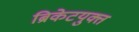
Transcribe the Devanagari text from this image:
ब्रिकेटयुक्त